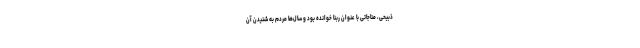
ذبیحی، مناجاتی با عنوان ربنا خوانده بود و سال‌ها مردم به شنیدن آن